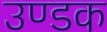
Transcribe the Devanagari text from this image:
उण्डक